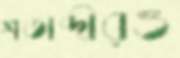
শতাব্দীরও